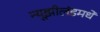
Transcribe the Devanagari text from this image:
न्यूझीलंडमधे